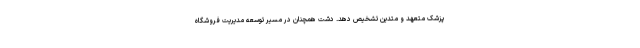
پزشک متعهد و متدین تشخیص دهد. دشت همچنان در مسیر توسعه مدیریت فروشگاه